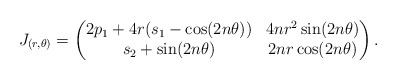
\begin{align*}J_{(r,\theta)}=\left(\begin{matrix} 2p_1+4r(s_1-\cos(2n\theta))&4nr^2\sin(2n\theta)\\ s_2+\sin(2n\theta)&2nr\cos(2n\theta)\\ \end{matrix}\right).\end{align*}